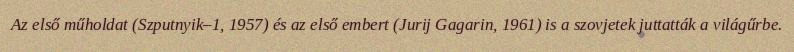
Az első műholdat (Szputnyik–1, 1957) és az első embert (Jurij Gagarin, 1961) is a szovjetek juttatták a világűrbe.